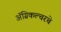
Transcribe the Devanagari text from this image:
अॅग्रिकल्चरचे